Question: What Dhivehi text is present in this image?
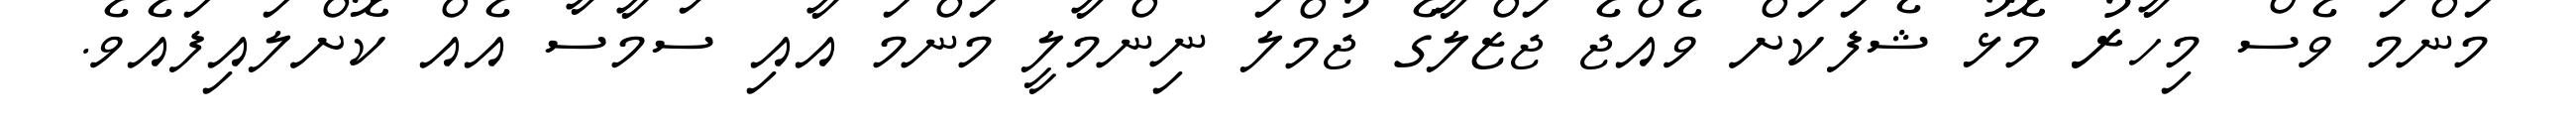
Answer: މަންމަ ވެސް މިހާރު މޮޅު ޝެފަކަށް ވެއްޖެ ޖަޒްލާގެ ޖުމްލަ ނިންމާލީ މަންމަ އާއި ސަމާސާ އެއް ކޮށްލައިފައެވެ.